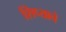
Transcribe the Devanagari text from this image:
शिप्याचे